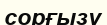
сорғызу